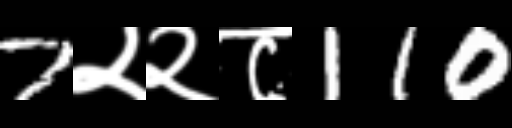
Text: 7२२८110